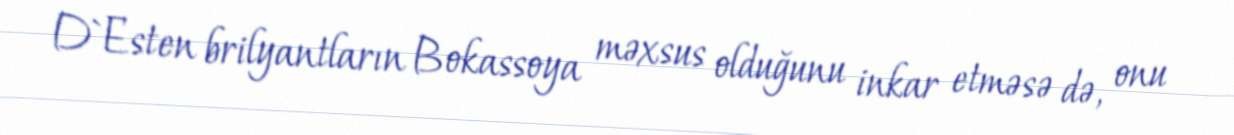
D`Esten brilyantların Bokassoya məxsus olduğunu inkar etməsə də, onu